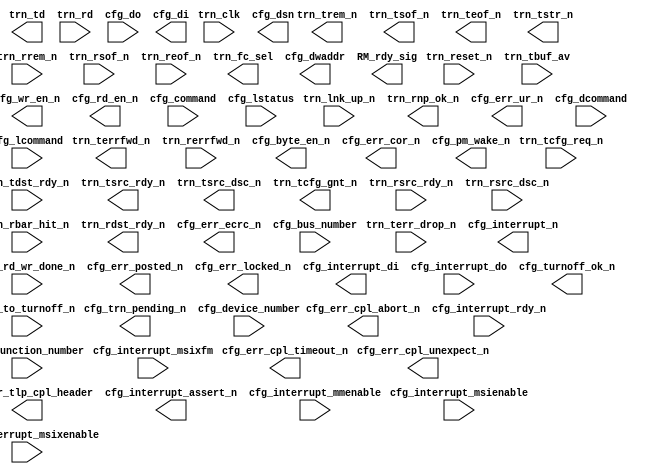
module  pcie_empty
(

  input                                          trn_clk,
  input                                          trn_reset_n,
  input                                          trn_lnk_up_n, 

  // Tx
  input  [5:0]                                   trn_tbuf_av,
  input                                          trn_tcfg_req_n,
  input                                          trn_terr_drop_n,
  input                                          trn_tdst_rdy_n,
  output [63:0]                                  trn_td,
  output                                         trn_trem_n,
  output                                         trn_tsof_n,
  output                                         trn_teof_n,
  output                                         trn_tsrc_rdy_n,
  output                                         trn_tsrc_dsc_n,
  output                                         trn_terrfwd_n,
  output                                         trn_tcfg_gnt_n,
  output                                         trn_tstr_n,

  // Rx
  input  [63:0]                                  trn_rd,
  input                                          trn_rrem_n,
  input                                          trn_rsof_n,
  input                                          trn_reof_n,
  input                                          trn_rsrc_rdy_n,
  input                                          trn_rsrc_dsc_n,
  input                                          trn_rerrfwd_n,
  input  [6:0]                                   trn_rbar_hit_n,
  output                                         trn_rdst_rdy_n,
  output                                         trn_rnp_ok_n, 
  output [2:0]                                   trn_fc_sel,


  input  [31:0]                                  cfg_do,
  input                                          cfg_rd_wr_done_n,
  output [31:0]                                  cfg_di,
  output [3:0]                                   cfg_byte_en_n,
  output [9:0]                                   cfg_dwaddr,
  output                                         cfg_wr_en_n,
  output                                         cfg_rd_en_n,


  output                                         cfg_err_cor_n,
  output                                         cfg_err_ur_n,
  output                                         cfg_err_ecrc_n,
  output                                         cfg_err_cpl_timeout_n,
  output                                         cfg_err_cpl_abort_n,
  output                                         cfg_err_cpl_unexpect_n,
  output                                         cfg_err_posted_n,
  output                                         cfg_err_locked_n,
  output [47:0]                                  cfg_err_tlp_cpl_header,
//  input                                          cfg_err_cpl_rdy_n,
  output                                         cfg_interrupt_n,
  input                                          cfg_interrupt_rdy_n,
  output                                         cfg_interrupt_assert_n,
  output [7:0]                                   cfg_interrupt_di,
  input  [7:0]                                   cfg_interrupt_do,
  input  [2:0]                                   cfg_interrupt_mmenable,
  input                                          cfg_interrupt_msienable,
  input                                          cfg_interrupt_msixenable,
  input                                          cfg_interrupt_msixfm,
  output                                         cfg_turnoff_ok_n,
  input                                          cfg_to_turnoff_n,
  output                                         cfg_trn_pending_n,
  output                                         cfg_pm_wake_n,
  input   [7:0]                                  cfg_bus_number,
  input   [4:0]                                  cfg_device_number,
  input   [2:0]                                  cfg_function_number,
//  input  [15:0]                                  cfg_status,
  input  [15:0]                                  cfg_command,
//  input  [15:0]                                  cfg_dstatus,
  input  [15:0]                                  cfg_dcommand,
  input  [15:0]                                  cfg_lstatus,
  input  [15:0]                                  cfg_lcommand,
//  input  [15:0]                                  cfg_dcommand2,
//  input   [2:0]                                  cfg_pcie_link_state_n,
  output [63:0]                                  cfg_dsn,
`ifdef Chipscope  
    output [80:0]        TRIG_BMD_TX,
    output [90:0]        TRIG_BMD_RX,
`endif  
  output reg [31:0]                              RM_rdy_sig 

);


endmodule